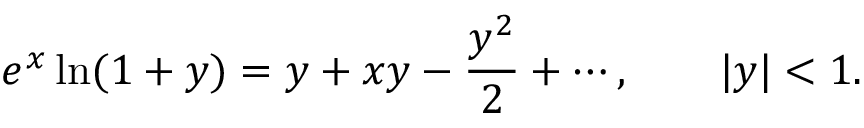
e ^ { x } \ln ( 1 + y ) = y + x y - { \frac { y ^ { 2 } } { 2 } } + \cdots , \qquad | y | < 1 .